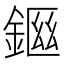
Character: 𨨙